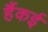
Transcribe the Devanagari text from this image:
हैंकई